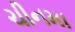
ચીનમા